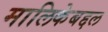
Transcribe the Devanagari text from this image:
मालिकेबद्दल